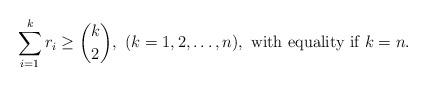
LaTeX: \begin{align*}\sum_{i=1}^k r_i\ge {k\choose {2}},\ (k=1,2,\ldots,n), \mbox{ with equality if $k=n$}.\end{align*}